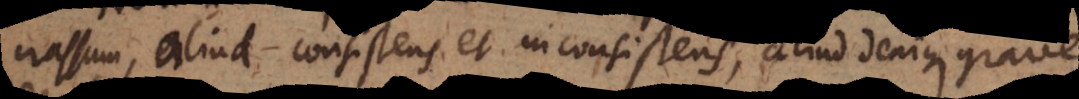
crassum, aliud consistens et inconsistens, aliud denique grave